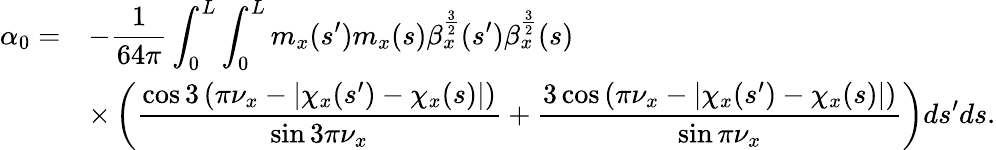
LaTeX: \begin{array}{cl}{\displaystyle\alpha_{0}=}&{\displaystyle-\frac{1}{64\pi}\int_{0}^{L}{\int_{0}^{L}{m_{x}(s^{\prime})m_{x}(s)\beta_{x}^{\frac{3}{2}}(s^{\prime})\beta_{x}^{\frac{3}{2}}(s)}}}\\ &{\displaystyle\times\left(\frac{\cos{3\left(\pi\nu_{x}-\left|\chi_{x}(s^{\prime})-\chi_{x}(s)\right|\right)}}{\sin{3\pi\nu_{x}}}+\frac{3\cos{\left(\pi\nu_{x}-\left|\chi_{x}(s^{\prime})-\chi_{x}(s)\right|\right)}}{\sin{\pi\nu_{x}}}\right)ds^{\prime}ds.}\end{array}